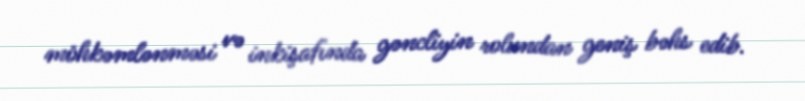
möhkəmlənməsi və inkişafında gəncliyin rolundan geniş bəhs edib.